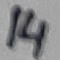
Text: 14